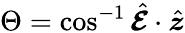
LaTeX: \Theta=\cos^{-1}\hat{\boldsymbol{{\cal E}}}\cdot\hat{\boldsymbol{z}}